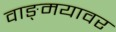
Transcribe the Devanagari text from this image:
वाङ्‌मयावर